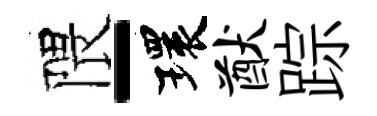
隈-環猷踪